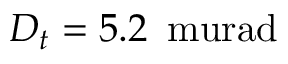
D _ { t } = 5 . 2 \, \mathrm { \ m u r a d }